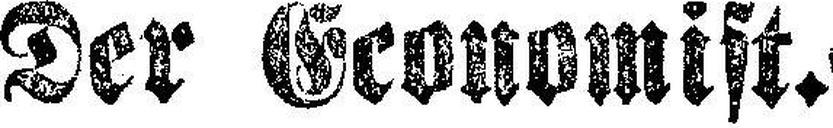
Der Economist.